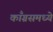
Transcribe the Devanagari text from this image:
काँग्रसमध्ये